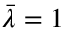
\bar { \lambda } = 1